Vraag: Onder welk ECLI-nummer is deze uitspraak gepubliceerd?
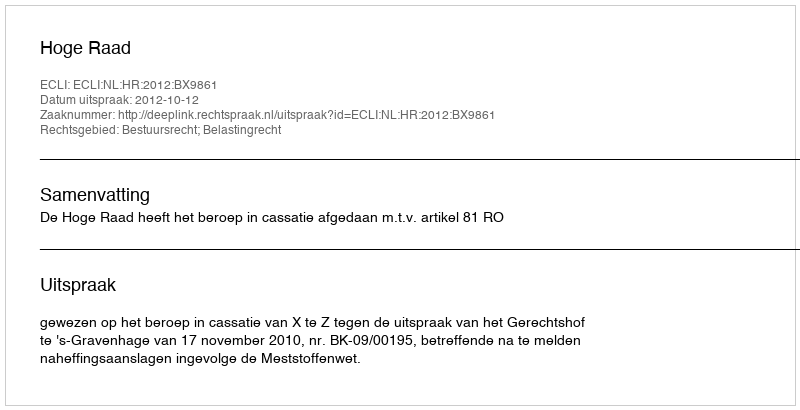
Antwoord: ECLI:NL:HR:2012:BX9861